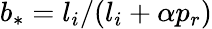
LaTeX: b_{*}=l_{i}/(l_{i}+\alpha p_{r})